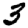
Digit: 3